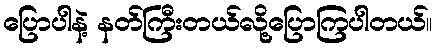
ပြောပါနဲ့ နတ်ကြီးတယ်လို့ပြောကြပါတယ်။